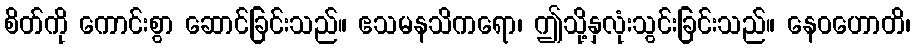
စိတ်ကို ကောင်းစွာ ဆောင်ခြင်းသည်။ ဧသမနသိကရော၊ ဤသို့နှလုံးသွင်းခြင်းသည်။ နေဝဟောတိ၊